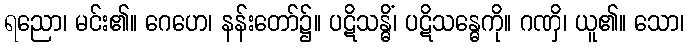
ရညော၊ မင်း၏။ ဂေဟေ၊ နန်းတော်၌။ ပဋိသန္ဓိံ၊ ပဋိသန္ဓေကို။ ဂဏှိ၊ ယူ၏။ သော၊